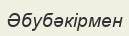
Әбубәкірмен